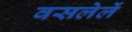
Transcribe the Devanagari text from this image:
वसलेलें